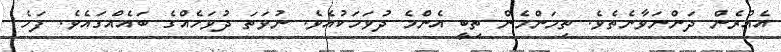
އެއުރެން ދަންނަވާނެތެވެ. ތިމަންމެން ތިބީ އެންމެ ދުވަހަކުއެވެ. ނުވަތަ ދުވަހެއްގެ ބައެއްގައެވެ. ފަހެ